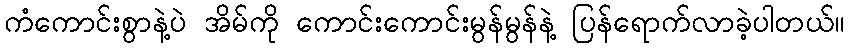
ကံကောင်းစွာနဲ့ပဲ အိမ်ကို ကောင်းကောင်းမွန်မွန်နဲ့ ပြန်ရောက်လာခဲ့ပါတယ်။